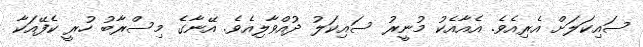
ސައިކަލަށް އެރިއެވެ. އެއާއެކު މުނީރު ސައިކަލު ދުއްވާލިއެވެ. އޭނާގެ މިސްރާބު ހުރީ ކެފޭއަކާ